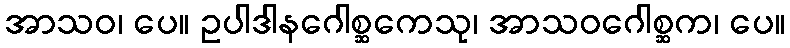
အာသဝ၊ ပေ။ ဥပါဒါနဂေါစ္ဆကေသု၊ အာသဝဂေါစ္ဆက၊ ပေ။